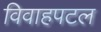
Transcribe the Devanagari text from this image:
विवाहपटल